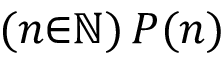
( n { \in } \mathbb { N } ) \, P ( n )